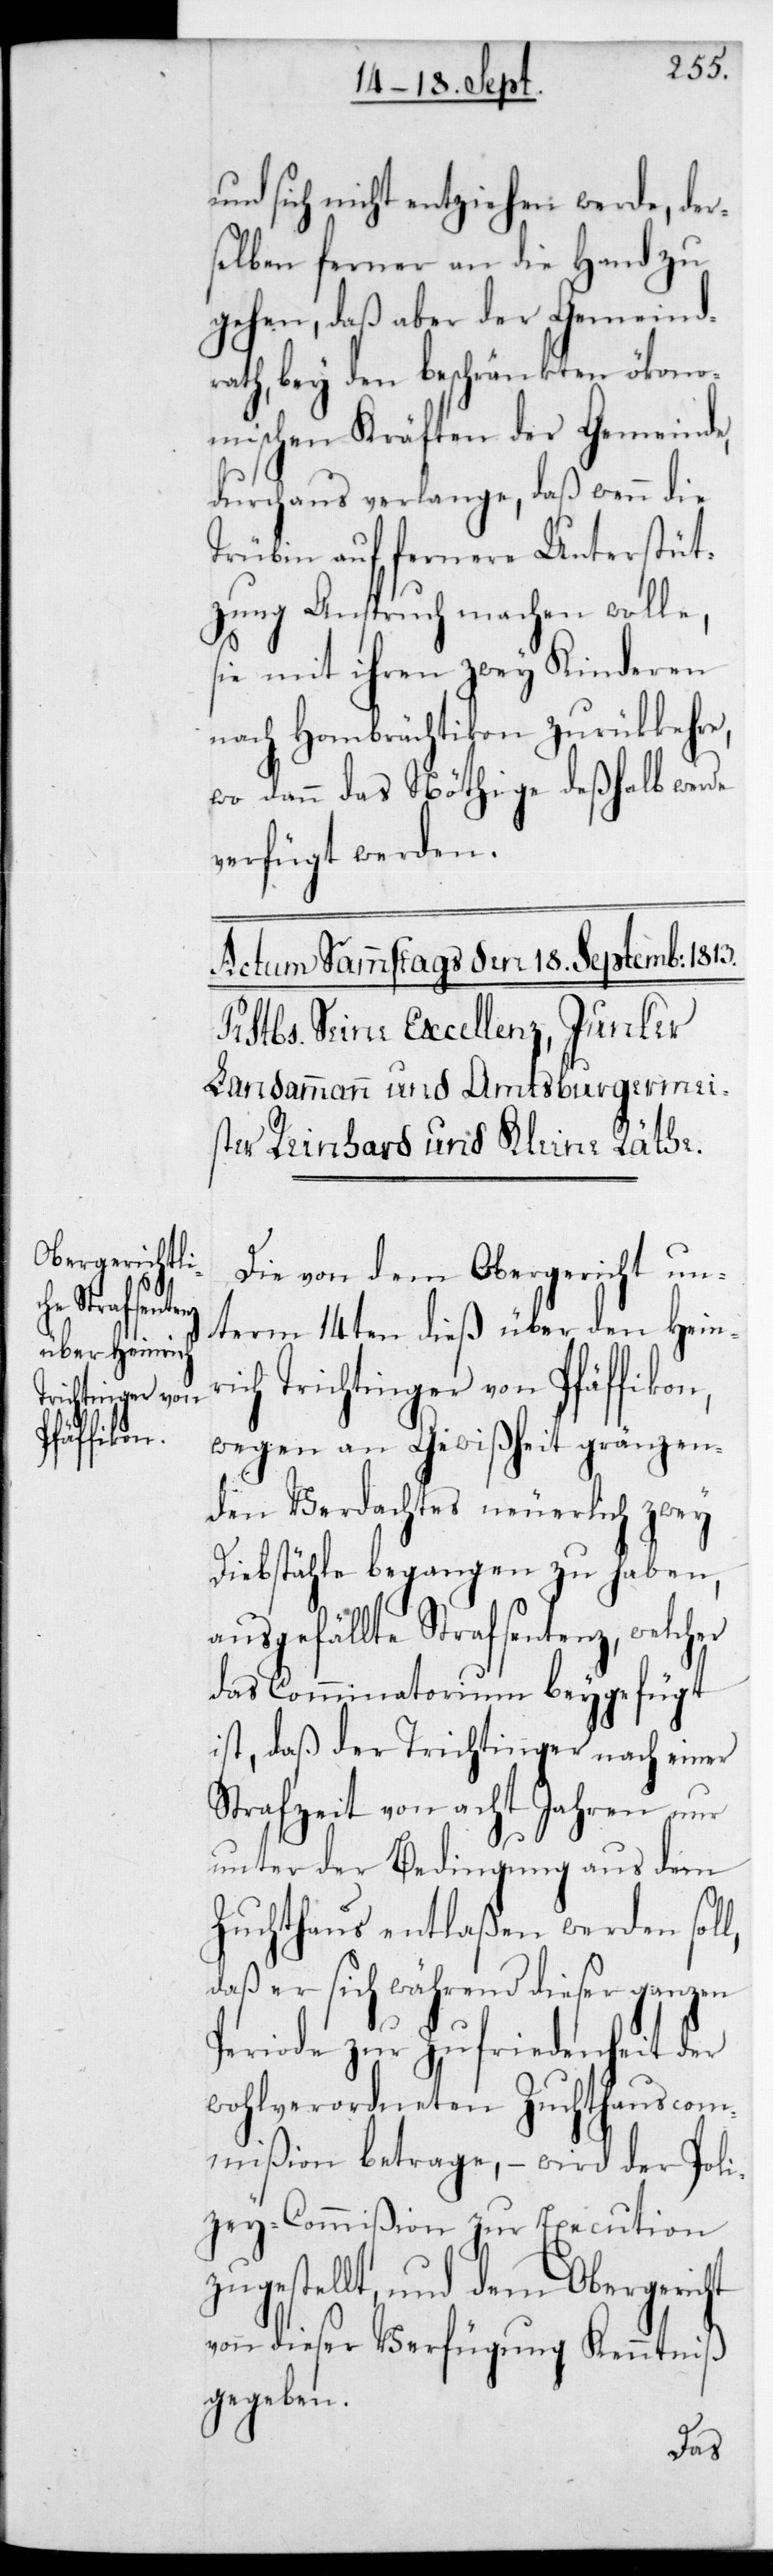
l,

und sich nicht entziehen werde, der¬
selben ferner an die Hand zu
gehen, daß aber der Gemeind¬
rath, bey den beschränkten ökono¬
mischen Kräften der Gemeinde,
durchaus verlange, daß wenn die
Trübin auf fernere Unterstüt¬
zung Anspruch machen wolle,
sie mit ihren zwey Kinderen
nach Hombrächtikon zurückkehre,
wo dann das Nöthige deßhalb werde
verfügt werden.
Die von dem Obergericht un¬
term 14ten dieß über den Heinr¬
ich Trichtinger von Pfäffikon,
wegen an Gewißheit grenzen¬
den Verdachtes neuerlich zwey
Diebstähle begangen zu haben,
ausgefällte Strafsentenz, welcher
das Comminatorium beygefügt
ist, daß der Trichtinger nach einer
Strafzeit von acht Jahren nur
unter der Bedingung aus dem
Zuchthaus entlaßen werden sol¬
daß er sich während dieser ganzen
Periode zur Zufriedenheit der
wohlverordneten Zuchthauscom¬
mißion betrage , – wird der Poli¬
zey-Commißion zur Execution
zugestellt und dem Obergericht
von dieser Verfügung Kenntniß
gegeben.